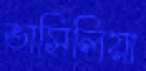
ভাসিলিয়া